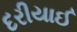
દરીયાઈ